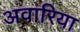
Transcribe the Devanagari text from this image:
अवारिया